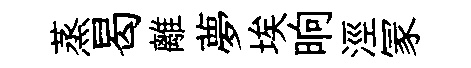
蒸曷離夢埃晌涇冡